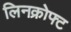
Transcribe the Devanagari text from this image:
लिनक्रोफ्ट